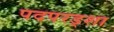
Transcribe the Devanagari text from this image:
पदपरड्शा